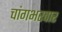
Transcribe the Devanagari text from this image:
चांगभरवार